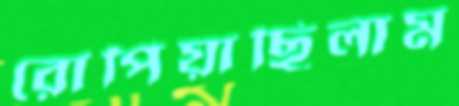
রোপিয়াছিলাম